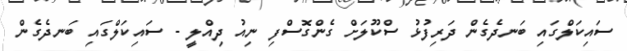
ސައިކަލްގައި ބަނދެގެން ދަރިފުޅު ސްކޫލަށް ގެންގޮސްފި ނިއު ދިއްލީ - ސައިކަލްގައި ބަނދެގެން